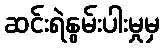
ဆင်းရဲနွမ်းပါးမှုမှ